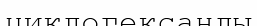
циклогександы